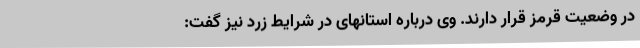
در وضعیت قرمز قرار دارند. وی درباره استانهای در شرایط زرد نیز گفت: